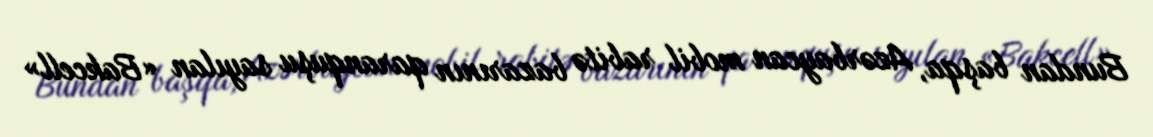
Bundan başqa, Azərbaycan mobil rabitə bazarının qaranquşu sayılan «Bakcell»